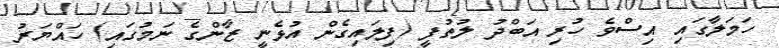
ހަމަލާގައި އިސްވެ ހުރި އަބްދު ލުތުފީ (ފިލައިގެން އުޅެނީ ޒާންގެ ނަމުގައި) ހައްޔަރު